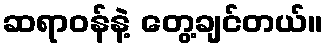
ဆရာဝန်နဲ့ တွေ့ချင်တယ်။